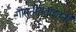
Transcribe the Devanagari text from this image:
गोपनीयताइतनी